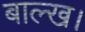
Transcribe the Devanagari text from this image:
बाल्ख।